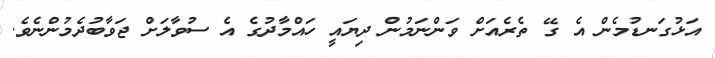
އަޅުގަނޑުމެން އެ ގޭ ތެރެއަށް ވަންނަމުން ދިޔައީ ހައްމާދުގެ އެ ސުވާލަށް ޖަވާބުދެމުންނެވެ.